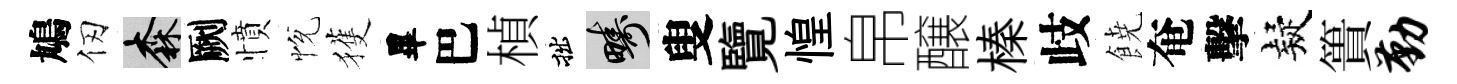
鳩仞森劂憤恱獲畢巴楨拙疇叟覽惶帛醸榛歧𩜙奄擊疑簣勤